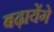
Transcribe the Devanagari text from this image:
बढ़ायेंगे